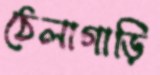
ঠেলাগাড়ি